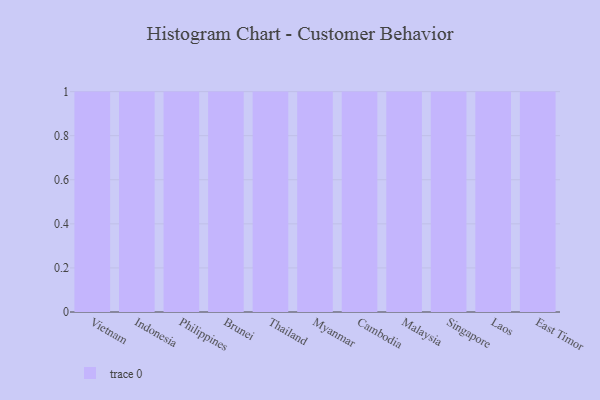
{"axis": {"x": "Country", "y": "Website Visitors"}, "legend": [""], "data": [{"x": "Vietnam", "y": 79, "type": ""}, {"x": "Indonesia", "y": 82, "type": ""}, {"x": "Philippines", "y": 7, "type": ""}, {"x": "Brunei", "y": 67, "type": ""}, {"x": "Thailand", "y": 12, "type": ""}, {"x": "Myanmar", "y": 48, "type": ""}, {"x": "Cambodia", "y": 50, "type": ""}, {"x": "Malaysia", "y": 76, "type": ""}, {"x": "Singapore", "y": 57, "type": ""}, {"x": "Laos", "y": 93, "type": ""}, {"x": "East Timor", "y": 28, "type": ""}]}